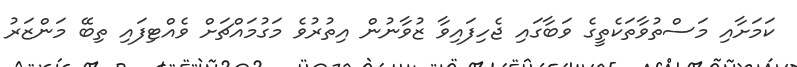
ކަމަށާއި މަސްތުވާތަކެތީގެ ވަބާގައި ޖެހިފައިވާ ޒުވާނުން އިތުރުވެ މަގުމައްޗަށް ވެއްޓިފައި ތިބޭ މަންޒަރު